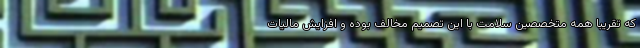
که تقریبا همه متخصصین سلامت با این تصمیم مخالف بوده و افزایش مالیات